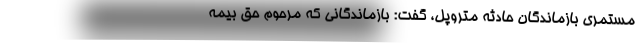
مستمری بازماندگان حادثه متروپل، گفت: بازماندگانی که مرحوم حق بیمه